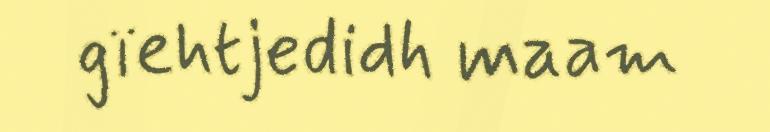
gïehtjedidh maam